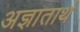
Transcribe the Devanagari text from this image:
अज्ञातार्थ